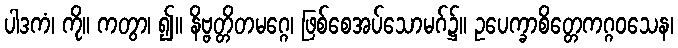
ပါဒကံ၊ ကို။ ကတွာ၊ ၍။ နိဗ္ဗတ္တိတမဂ္ဂေ၊ ဖြစ်စေအပ်သောမဂ်၌။ ဥပေက္ခာစိတ္တေကဂ္ဂဝသေန၊